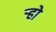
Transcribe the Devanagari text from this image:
ऱ्हो